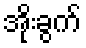
အိုးခွက်